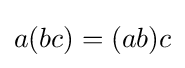
a(bc)=(ab)c